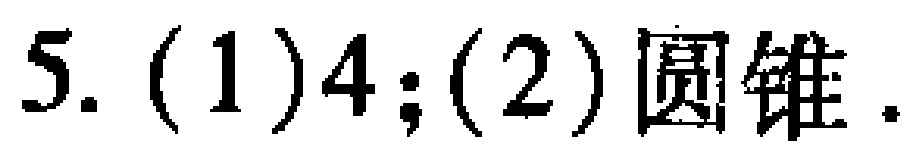
5. (1)$4$; (2)圆锥.